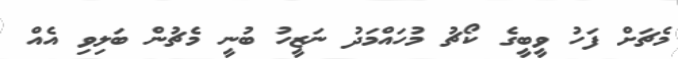
މެޗަށް ފަހު ވީބީގެ ކޯޗު މުހައްމަދު ނަޒީހު ބުނީ މެޗުން ބަލިވި އެއް